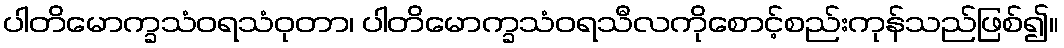
ပါတိမောက္ခသံဝရသံဝုတာ၊ ပါတိမောက္ခသံဝရသီလကိုစောင့်စည်းကုန်သည်ဖြစ်၍။